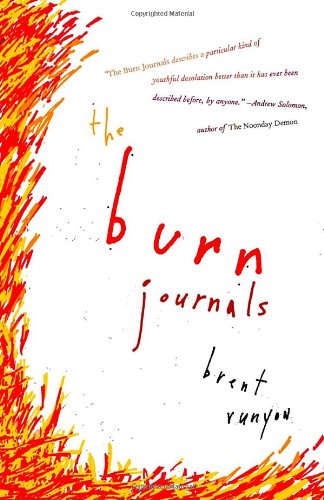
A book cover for The Burn Journals; Brent Runyon; Self-Help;